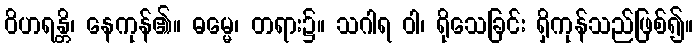
ဝိဟရန္တိ၊ နေကုန်၏။ ဓမ္မေ၊ တရား၌။ သဂါရ ဝါ၊ ရိုသေခြင်း ရှိကုန်သည်ဖြစ်၍။